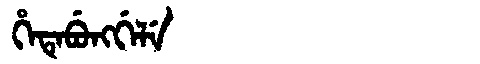
Manchu: ᡥᡝᡨᡝᠪᡠᠩᡤᡝᠯᡝ
Romanization: HETEBUNGGELE